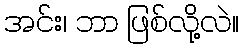
အင်း၊ ဘာ ဖြစ်လို့လဲ။